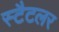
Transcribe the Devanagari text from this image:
स्टैटलर